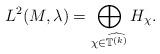
LaTeX: \begin{align*} L^2(M,\lambda)=\bigoplus_{\chi \in \widehat{ {\mathbb T}^{(k)}}} H_\chi. \end{align*}